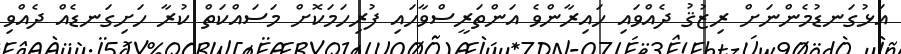
އަޅުގަނޑުމެންނަށް ރިޒުޤު ދެއްވައި ހައިރާންވެ އަންތަރީސްވާހައި ފުރިހަމަކޮށް މަސައްކަތް ކުރާ ހަށިގަނޑެއް ދެއްވި